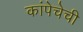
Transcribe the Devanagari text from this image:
कांपेचेची